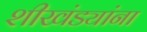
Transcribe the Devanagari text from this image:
शीखंड्यांना